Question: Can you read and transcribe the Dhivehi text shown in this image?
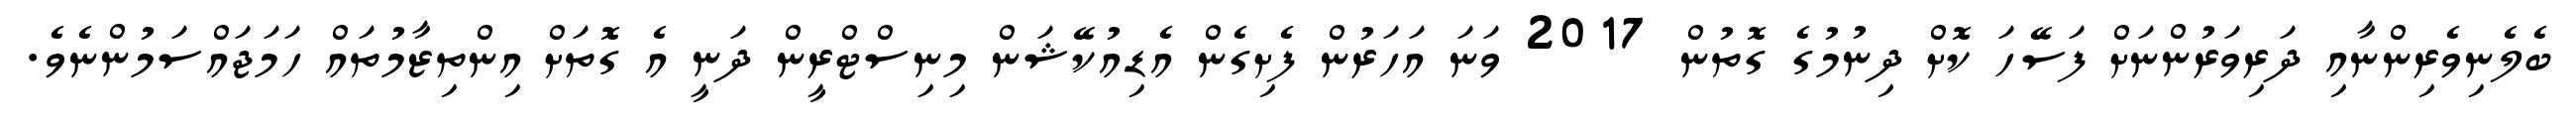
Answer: ބެލެނިވެރިންނާއި ދަރިވަރުންނަށް ފަސޭހަ ކޮށް ދިނުމުގެ ގޮތުން 2017 ވަނަ އަހަރުން ފެށިގެން އެޑިއުކޭޝަން މިނިސްޓްރީން ދަނީ އެ ގޮތަށް އިންތިޒާމުތައް ހަމަޖައްސަމުންނެވެ.